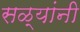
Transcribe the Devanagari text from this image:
सळ्यांनी